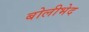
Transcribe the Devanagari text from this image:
बोलीभेद